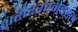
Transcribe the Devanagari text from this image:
शरीररचनेबद्दल